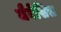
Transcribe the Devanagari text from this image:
जैनेसिस